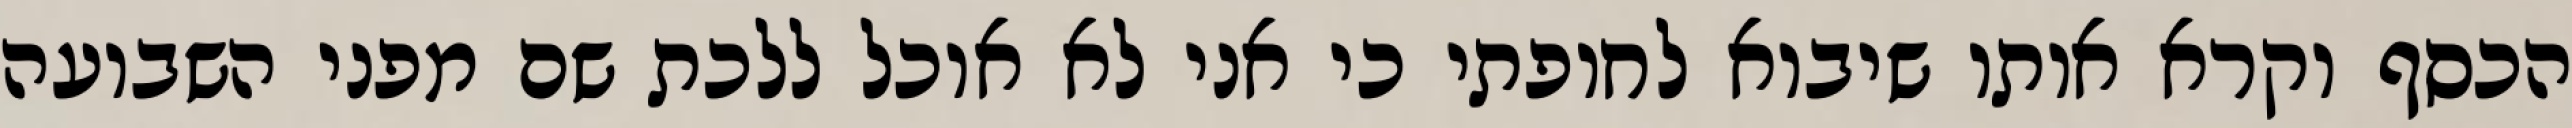
הכסף וקרא אותו שיבוא לחופתי כי אני לא אוכל ללכת שם מפני השבועה